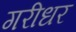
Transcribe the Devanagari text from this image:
गरीधर